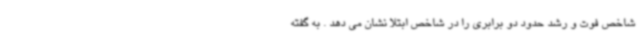
شاخص فوت و رشد حدود دو برابری را در شاخص ابتلا نشان می دهد . به گفته